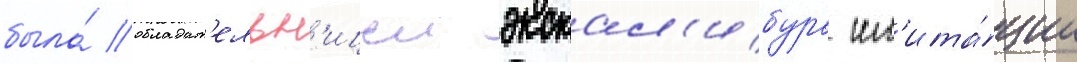
была́ обладат'ельн'ицеи экскал'ибура им'ита́ции